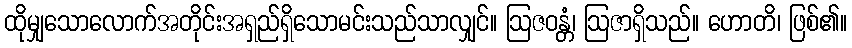
ထိုမျှသောလောက်အတိုင်းအရှည်ရှိသောမင်းသည်သာလျှင်။ ဩဇဝန္တံ၊ ဩဇာရှိသည်။ ဟောတိ၊ ဖြစ်၏။